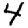
Digit: 4